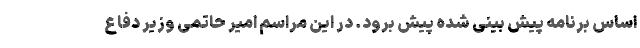
اساس برنامه پیش بینی شده پیش برود. در این مراسم امیر حاتمی وزیر دفاع